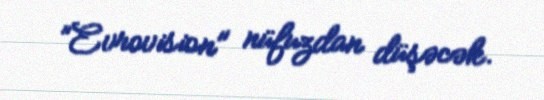
”Evrovision" nüfuzdan düşəcək.